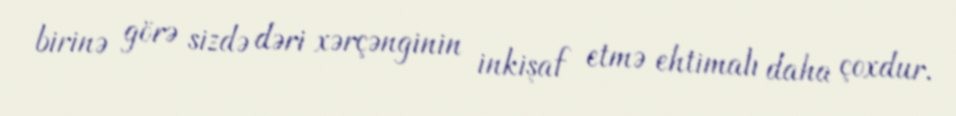
birinə görə sizdə dəri xərçənginin inkişaf etmə ehtimalı daha çoxdur.